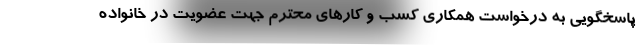
پاسخگویی به درخواست همکاری کسب و کارهای محترم جهت عضویت در خانواده